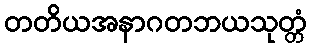
တတိယအနာဂတဘယသုတ္တံ